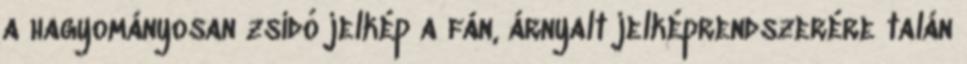
a hagyományosan zsidó jelkép a fán, árnyalt jelképrendszerére talán